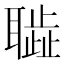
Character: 𦗮